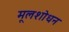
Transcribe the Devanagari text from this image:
मूलशोधन